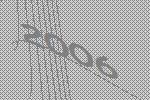
2006